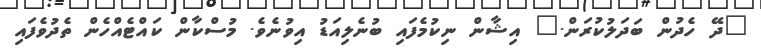
"ދޭ ހެދުން ބަދަލުކުރަން." އިޝާން ނިކުމެފައި ބުނެލިއަޑު އިވުނެވެ. މުސްކާން ކައްޓެއްހެން ތެދުވެފައި